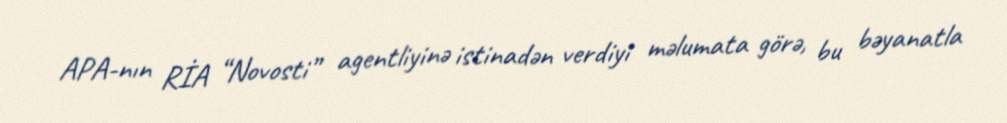
APA-nın RİA “Novosti” agentliyinə istinadən verdiyi məlumata görə, bu bəyanatla